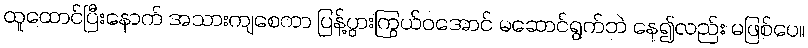
ထူထောင်ပြီးနောက် အသားကျစေကာ ပြန့်ပွားကြွယ်ဝအောင် မဆောင်ရွက်ဘဲ နေ၍လည်း မဖြစ်ပေ။